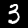
Label: 3